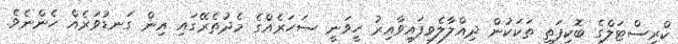
ކްރިސްޓަލްގެ ބޮކިފަތި ތަކަކުން ދިއްލާލެވިފައިވާއިރު ހީވަނީ ސަހަރެއްގެ މެދުތެރޭގައި އިން ގަނޑުވަރެއް ހެންނެވެ.